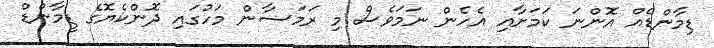
ޑިމާންޑެއް އޮންނަ ކަމަށާއި އެހެން ނަމަވެސް މި ރަމަޟާން މަހުގައި ދޮންކެޔޮގެ ޑީމާންޑް